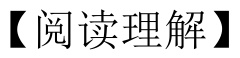
【阅读理解】